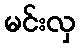
မင်းလှ